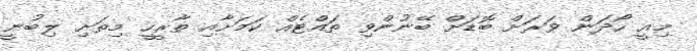
މިއީ ހޯދަން ވަރަށް ބޮޑަށް ބޭނުންވި ތައްޓެއް ކަމަށާއި ތާރީހީ މިތަށި ލިބުނީ